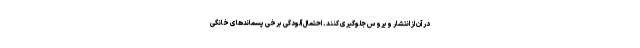
در آن از انتشار ویروس جلوگیری کنند. احتمال آلودگی برخی پسماندهای خانگی